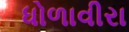
ધોળાવીરા